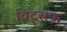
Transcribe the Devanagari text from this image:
विट्सफ़